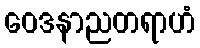
ဝေဒနာညတရာဟံ